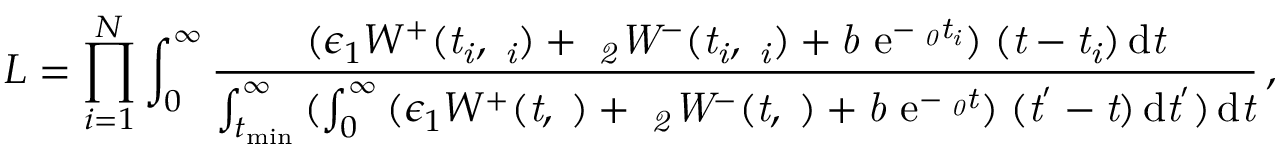
L = \prod _ { i = 1 } ^ { N } { \int _ { 0 } ^ { \infty } \frac { { ( \epsilon _ { 1 } W ^ { + } ( \it { t _ { i } } , \Omega _ { i } ) + \epsilon _ { 2 } W ^ { - } ( \it { t _ { i } } , \Omega _ { i } ) + b \ \mathrm { e } ^ { - \Gamma _ { 0 } \it { t _ { i } } } ) \rho ( \it { t } - \it { t _ { i } } ) } \, \mathrm { d } \it { t } } { \int _ { t _ { \mathrm { m i n } } } ^ { \infty } { ( \int _ { 0 } ^ { \infty } { ( \epsilon _ { 1 } W ^ { + } ( \it { t } , \Omega ) + \epsilon _ { 2 } W ^ { - } ( \it { t } , \Omega ) + b \ \mathrm { e } ^ { - \Gamma _ { 0 } \it { t } } ) \rho ( \it { t } ^ { ' } - \it { t } ) } \, \mathrm { d } \it { t } ^ { ' } ) } \, \mathrm { d } \it { t } } } \, ,